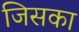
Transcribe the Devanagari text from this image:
जिसका